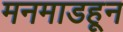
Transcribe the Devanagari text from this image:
मनमाडहून